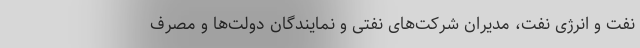
نفت و انرژی نفت، مدیران شرکت‌های نفتی و نمایندگان دولت‌ها و مصرف‌